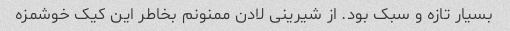
بسیار تازه و سبک بود. از شیرینی لادن ممنونم بخاطر این کیک خوشمزه